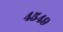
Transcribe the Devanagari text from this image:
४५४९